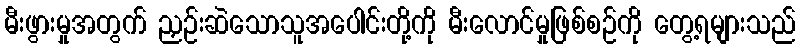
မီးဖွားမှုအတွက် ညှဉ်းဆဲသောသူအပေါင်းတို့ကို မီးလောင်မှုဖြစ်စဉ်ကို တွေ့ရများသည်